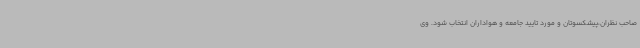
صاحب نظران،پیشکسوتان و مورد تایید جامعه و هواداران انتخاب شود. وی